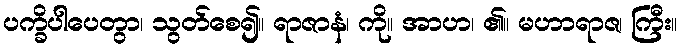
ပက္ခိပါပေတွာ၊ သွတ်စေ၍။ ရာဇာနံ၊ ကို။ အာဟ၊ ၏။ မဟာရာဇ၊ ကြီး။